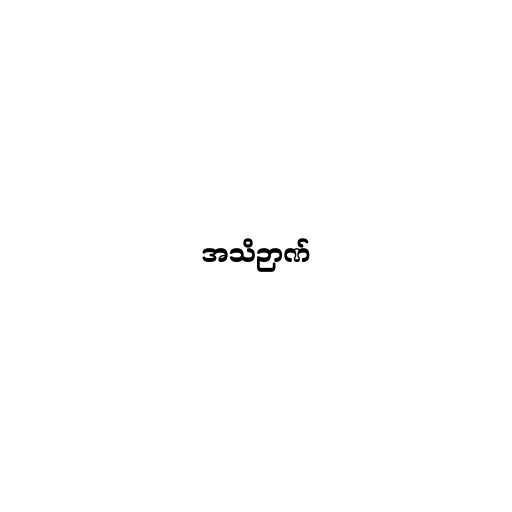
အသိဉာဏ်